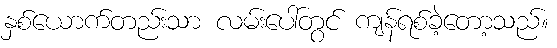
နှစ်ယောက်တည်းသာ လမ်းပေါ်တွင် ကျန်ရစ်ခဲ့တော့သည်။